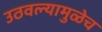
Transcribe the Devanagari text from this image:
उठवल्यामुळेच